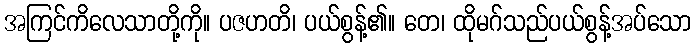
အကြင်ကိလေသာတို့ကို။ ပဇဟတိ၊ ပယ်စွန့်၏။ တေ၊ ထိုမဂ်သည်ပယ်စွန့်အပ်သော